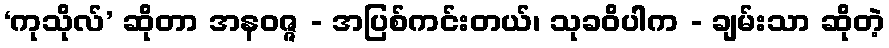
‘ကုသိုလ်’ ဆိုတာ အနဝဇ္ဇ - အပြစ်ကင်းတယ်၊ သုခဝိပါက - ချမ်းသာ ဆိုတဲ့